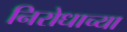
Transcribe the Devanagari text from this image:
निरोधाच्या